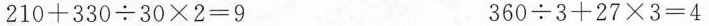
$$2 1 0 + 3 3 0 \div 3 0 \times 2 = 9$$ $$3 6 0 \div 3 + 2 7 \times 3 = 4$$